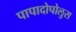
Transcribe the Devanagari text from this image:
पापादोपोलुस